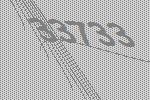
33733